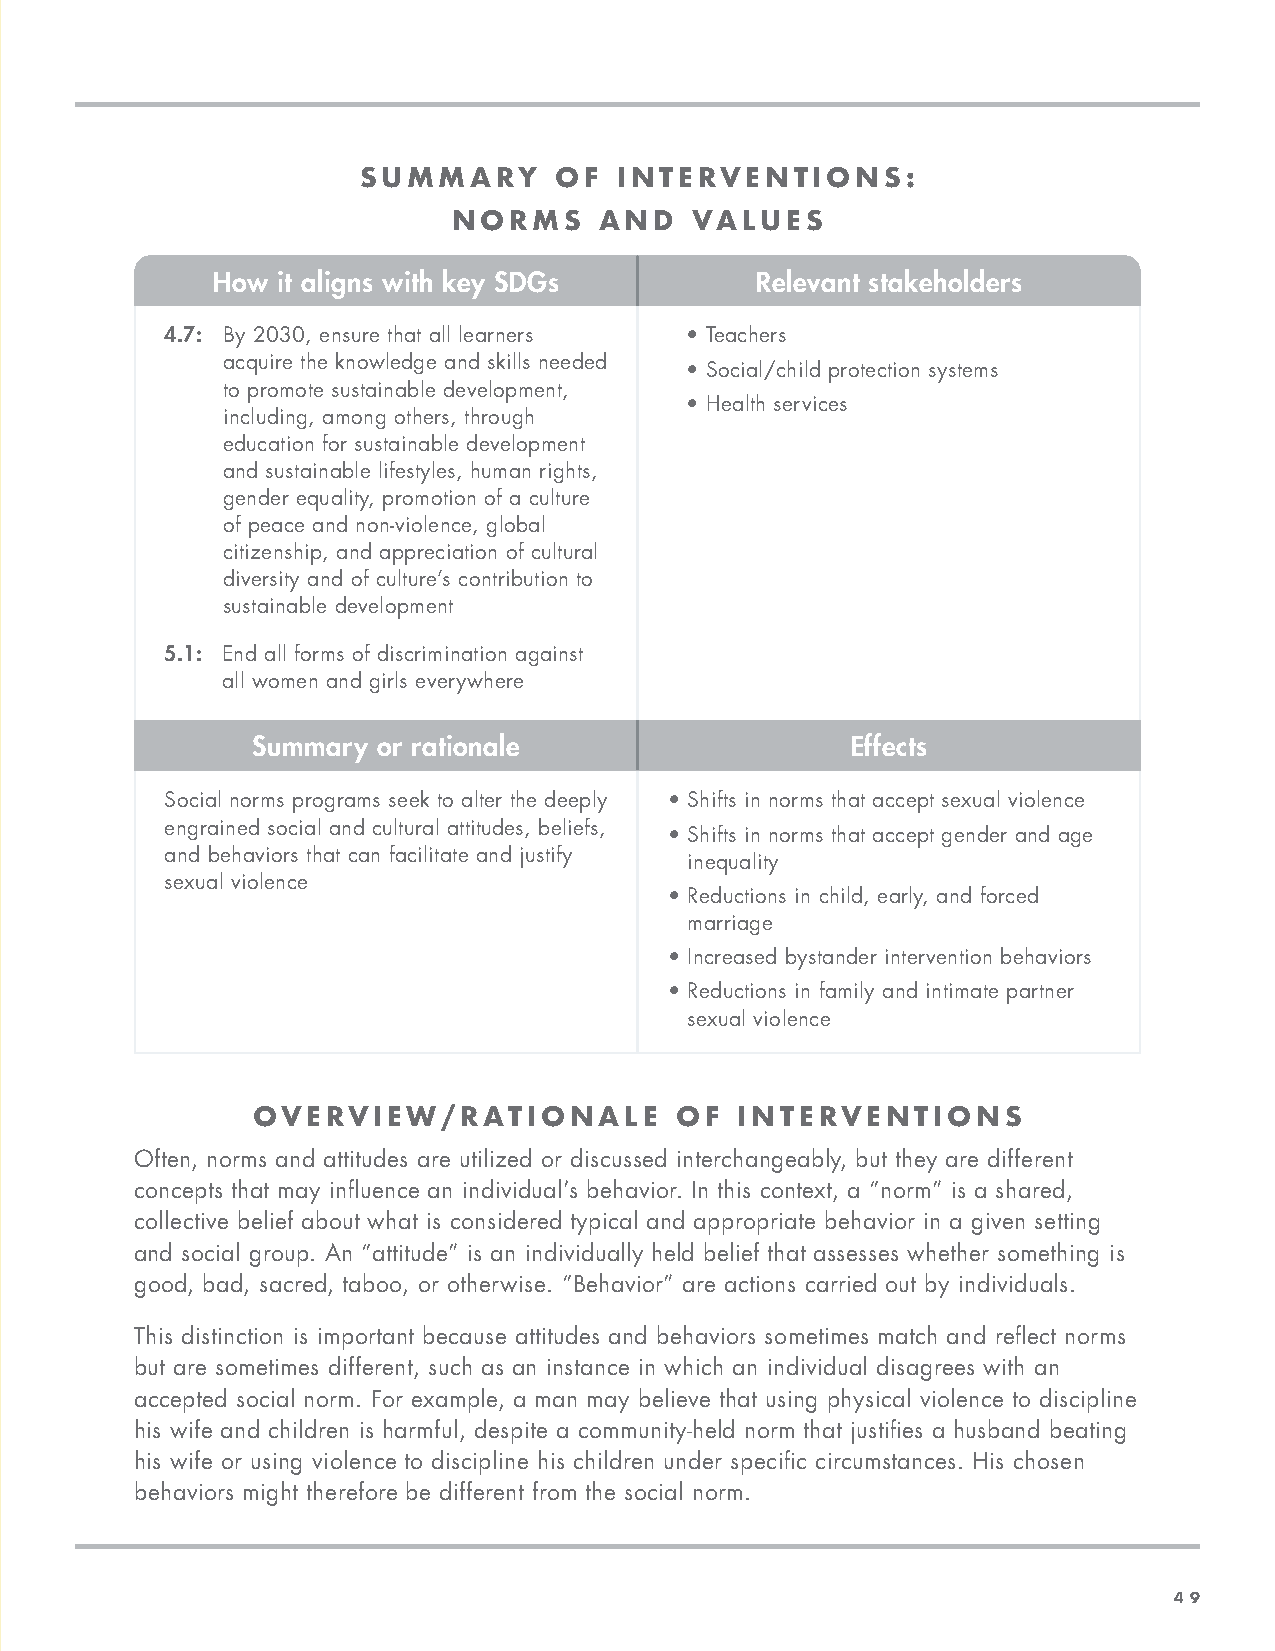
SUMMARY      OF  INTERVENTIONS:
 NORMS     AND   VALUES
 How it aligns with key SDGs         Relevant stakeholders
 4.7: By 2030, ensure that all learners • Teachers
 acquire the knowledge and skills needed
 • Social/child protection systems
 to promote sustainable development,
 • Health services
 including, among others, through
 education for sustainable development
 and sustainable lifestyles, human rights,
 gender equality, promotion of a culture
 of peace and non-violence, global
 citizenship, and appreciation of cultural
 diversity and of culture’s contribution to
 sustainable development
 5.1: End all forms of discrimination against
 all women and girls everywhere
 Summary or rationale                   Effects
 Social norms programs seek to alter the deeply • Shifts in norms that accept sexual violence
 engrained social and cultural attitudes, beliefs,
 • Shifts in norms that accept gender and age
 and behaviors that can facilitate and justify
 inequality
 sexual violence
 • Reductions in child, early, and forced
 marriage
 • Increased bystander intervention behaviors
 • Reductions in family and intimate partner
 sexual violence
 OVERVIEW/RATIONALE          OF  INTERVENTIONS
 Often, norms and attitudes are utilized or discussed interchangeably, but they are different
 concepts that may influence an individual’s behavior. In this context, a “norm” is a shared,
 collective belief about what is considered typical and appropriate behavior in a given setting
 and social group. An “attitude” is an individually held belief that assesses whether something is
 good, bad, sacred, taboo, or otherwise. “Behavior” are actions carried out by individuals.
 This distinction is important because attitudes and behaviors sometimes match and reflect norms
 but are sometimes different, such as an instance in which an individual disagrees with an
 accepted social norm. For example, a man may believe that using physical violence to discipline
 his wife and children is harmful, despite a community-held norm that justifies a husband beating
 his wife or using violence to discipline his children under specific circumstances. His chosen
 behaviors might therefore be different from the social norm.
 49